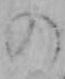
の